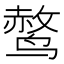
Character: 𫛿